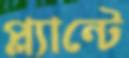
প্ল্যান্টে